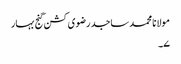
مولانا محمد ساجد رضوی کشن گنج بہار
۷۔